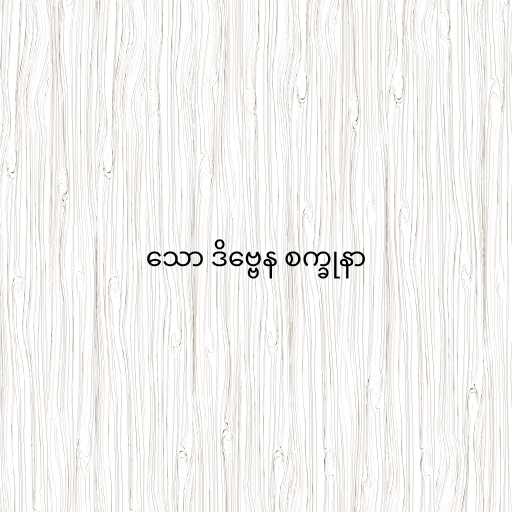
သော ဒိဗ္ဗေန စက္ခုနာ